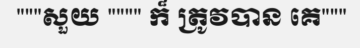
"""សួយ """" ក៏ ត្រូវបាន គេ"""